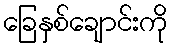
ခြေနှစ်ချောင်းကို